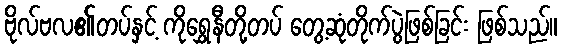
ဗိုလ်ဗလ၏တပ်နှင့် ကိုရွှေနီတို့တပ် တွေ့ဆုံတိုက်ပွဲဖြစ်ခြင်း ဖြစ်သည်။